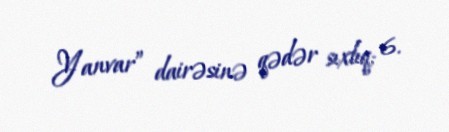
Yanvar” dairəsinə qədər sıxlıq; 6.